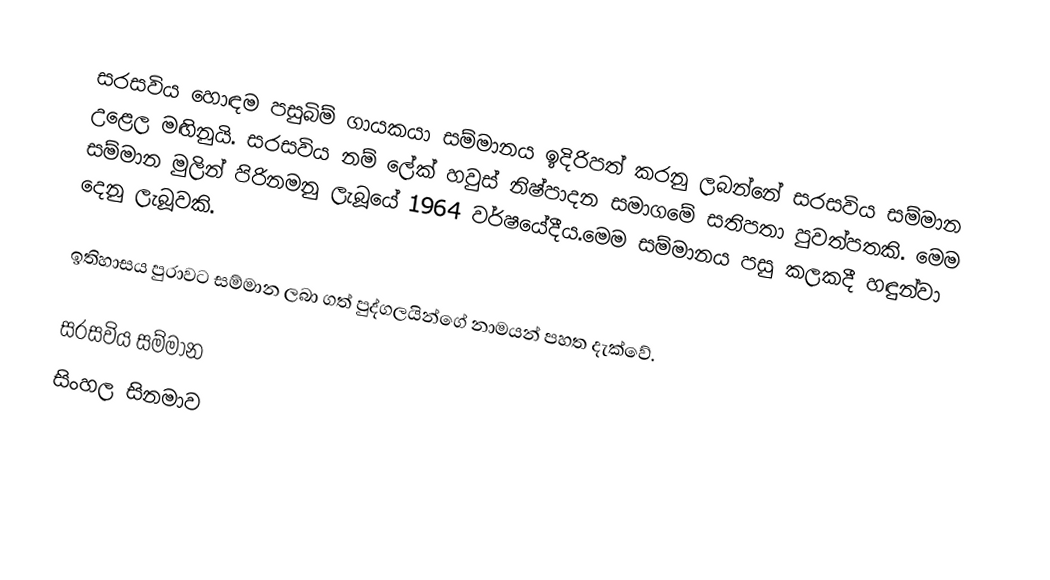
සරසවිය හොඳම පසුබිම් ගායකයා සම්මානය ඉදිරිපත් කරනු ලබන්නේ සරසවිය සම්මාන උළෙල මඟිනුයි. සරසවිය  නම් ලේක් හවුස් නිෂ්පාදන සමාගමේ සතිපතා පුවත්පතකි. මෙම සම්මාන මුලින් පිරිනමනු ලැබූයේ 1964 වර්ෂයේදීය.මෙම සම්මානය පසු කලකදී හඳුන්වා දෙනු ලැබූවකි.

ඉතිහාසය පුරාවට සම්මාන ලබා ගත් පුද්ගලයින්ගේ නාමයන් පහත දැක්වේ.

සරසවිය සම්මාන
සිංහල සිනමාව